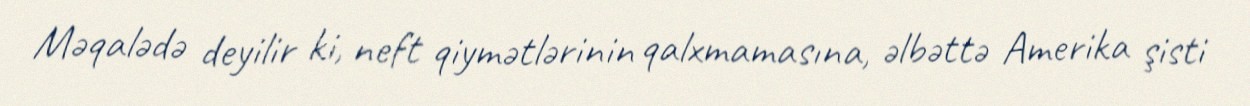
Məqalədə deyilir ki, neft qiymətlərinin qalxmamasına, əlbəttə Amerika şisti